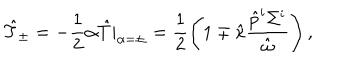
\hat { T } _ { \pm } = - \frac { 1 } { 2 } \alpha \hat { T } | _ { \alpha = \pm } = \frac { 1 } { 2 } \left( 1 \mp \hat { \kappa } \frac { \hat { p } ^ { i } \Sigma ^ { i } } { \hat { \omega } } \right) ,